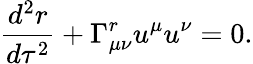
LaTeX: {\frac{d^{2}r}{d\tau^{2}}}+\Gamma_{\mu\nu}^{r}u^{\mu}u^{\nu}=0.